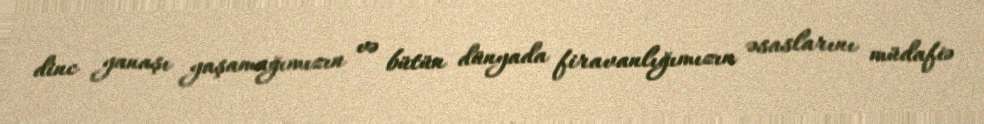
dinc yanaşı yaşamağımızın və bütün dünyada firavanlığımızın əsaslarını müdafiə